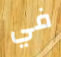
في